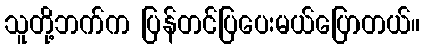
သူတို့ဘက်က ပြန်တင်ပြပေးမယ်ပြောတယ်။